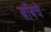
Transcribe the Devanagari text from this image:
बाँबचे